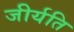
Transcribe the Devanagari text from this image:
जीर्यति